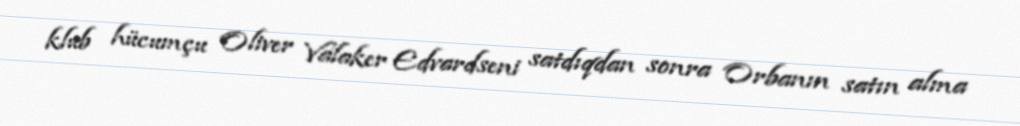
klub hücumçu Oliver Valaker Edvardseni satdıqdan sonra Orbanın satın alma